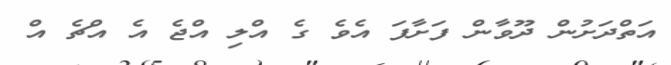
އަތްދަށުން ދޫވާން ފަށާފަ އެވެ ގެ އްލި އްޖެ އެ އްޗެ އް